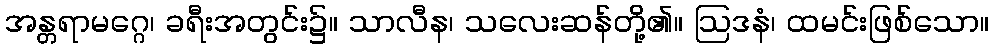
အန္တရာမဂ္ဂေ၊ ခရီးအတွင်း၌။ သာလီန၊ သလေးဆန်တို့၏။ ဩဒနံ၊ ထမင်းဖြစ်သော။